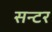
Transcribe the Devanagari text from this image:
सन्टर